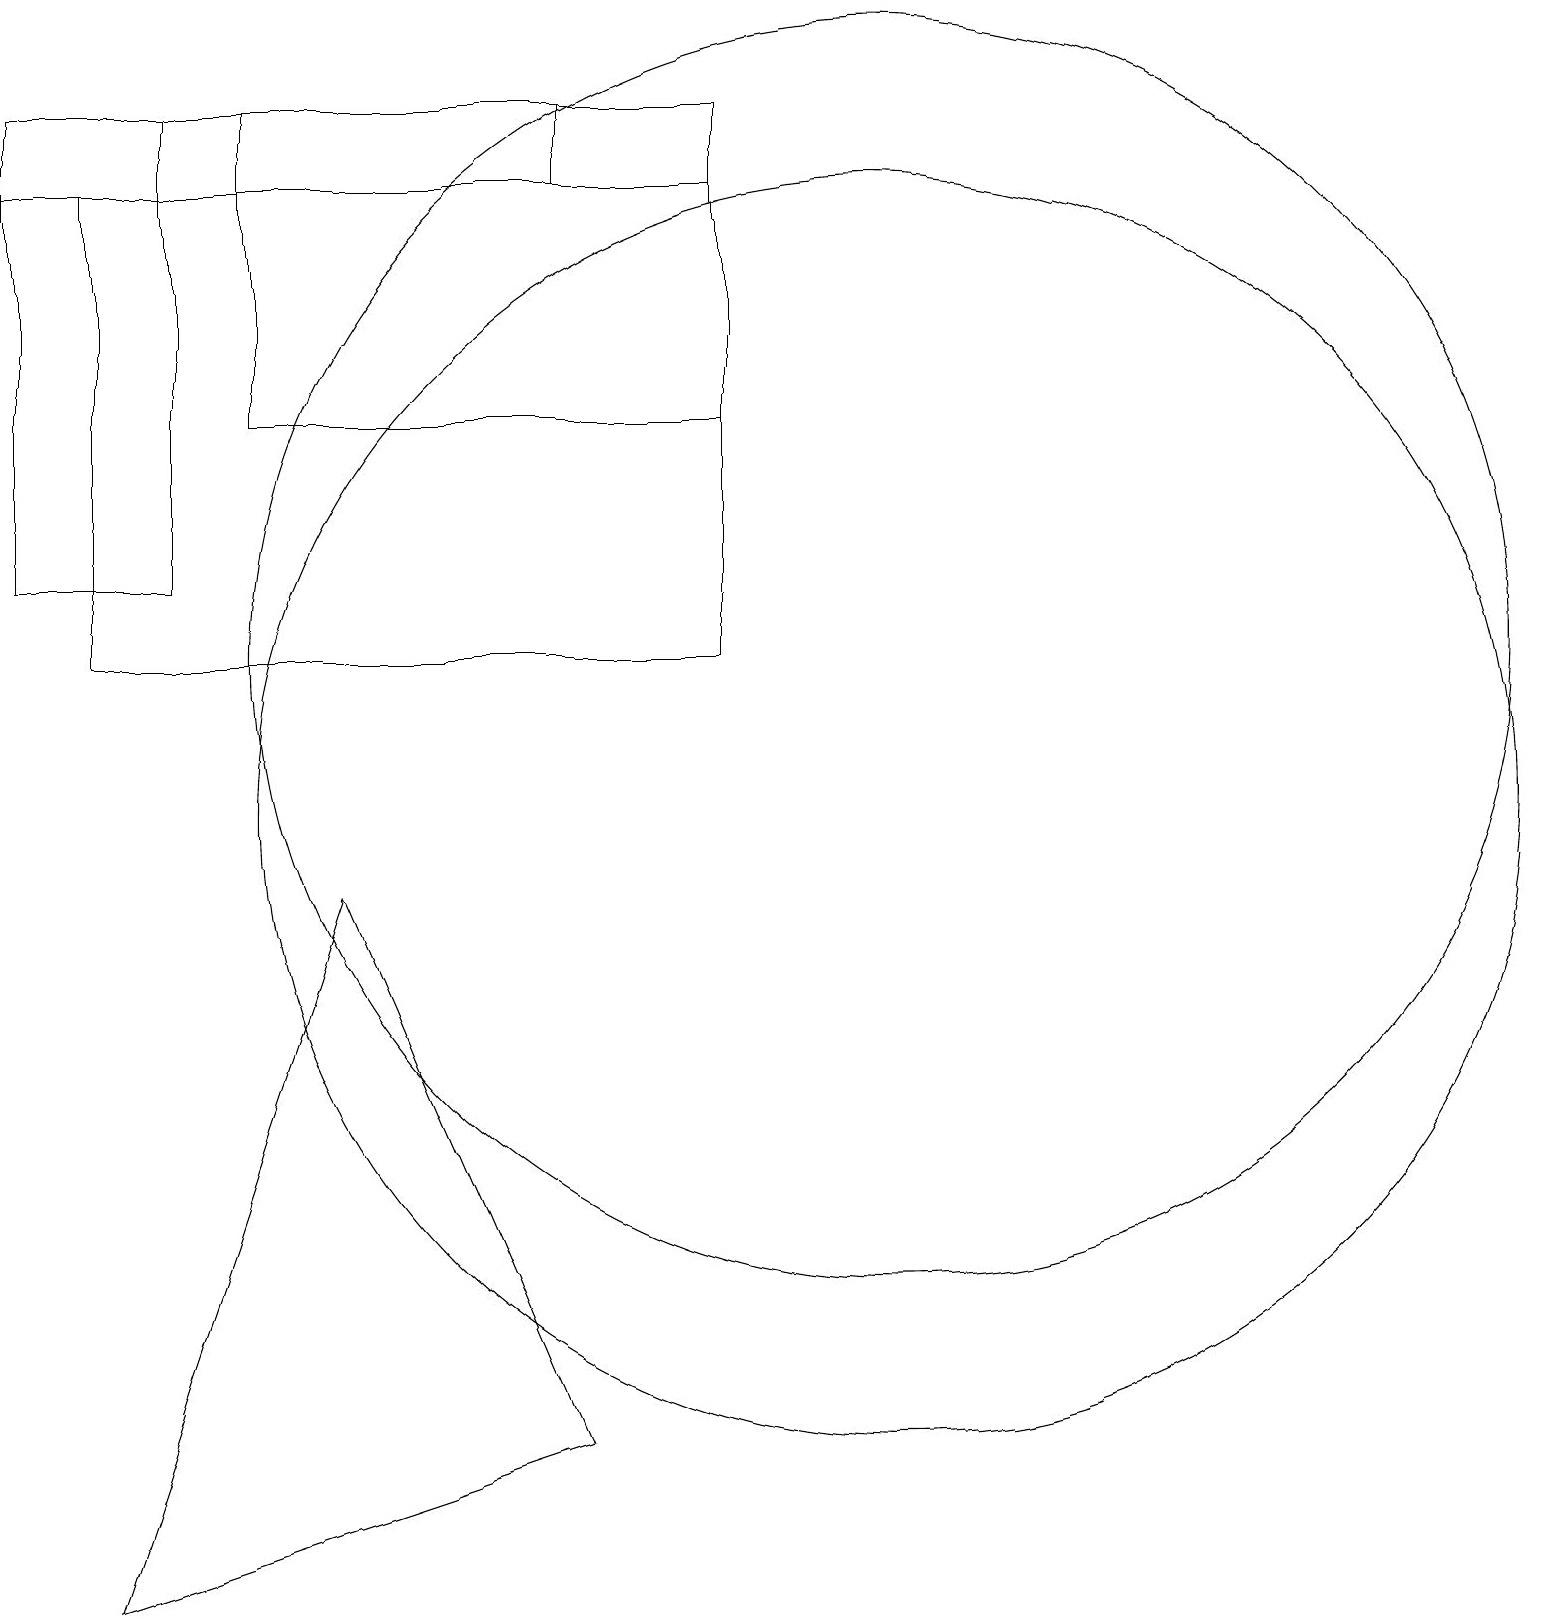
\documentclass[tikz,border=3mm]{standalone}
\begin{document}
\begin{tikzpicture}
\draw (9,15) rectangle (3,19);
\draw (2,13) rectangle (0,19);
\draw (7,19) rectangle (0,18);
\draw (11,10) circle (8);
\draw (11,12) circle (8);
\draw (4,9) -- (7,2) -- (1,0) -- cycle;
\draw (9,18) rectangle (1,12);
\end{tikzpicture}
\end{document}